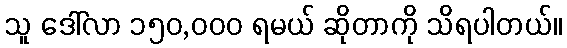
သူ ဒေါ်လာ ၁၅၀,၀၀၀ ရမယ် ဆိုတာကို သိရပါတယ်။